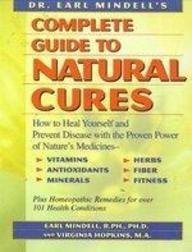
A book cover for Dr. Earl Mindell's Complete Guide to Natural Cures: How to Heal Yourself and Prevent Disease With the Proven Power of Nature's Medicines, Vitamins, Antioxidants, Trace Minerals, Herbs, Fiber, and; Earl Mindell; Health, Fitness & Dieting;